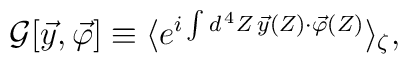
{\cal G} [\vec{y}, \vec{\varphi}] \equiv \langle e^{i \int d^{\, 4} Z \, \vec{y} (Z) \cdot \vec{\varphi} (Z)} \rangle_\zeta ,